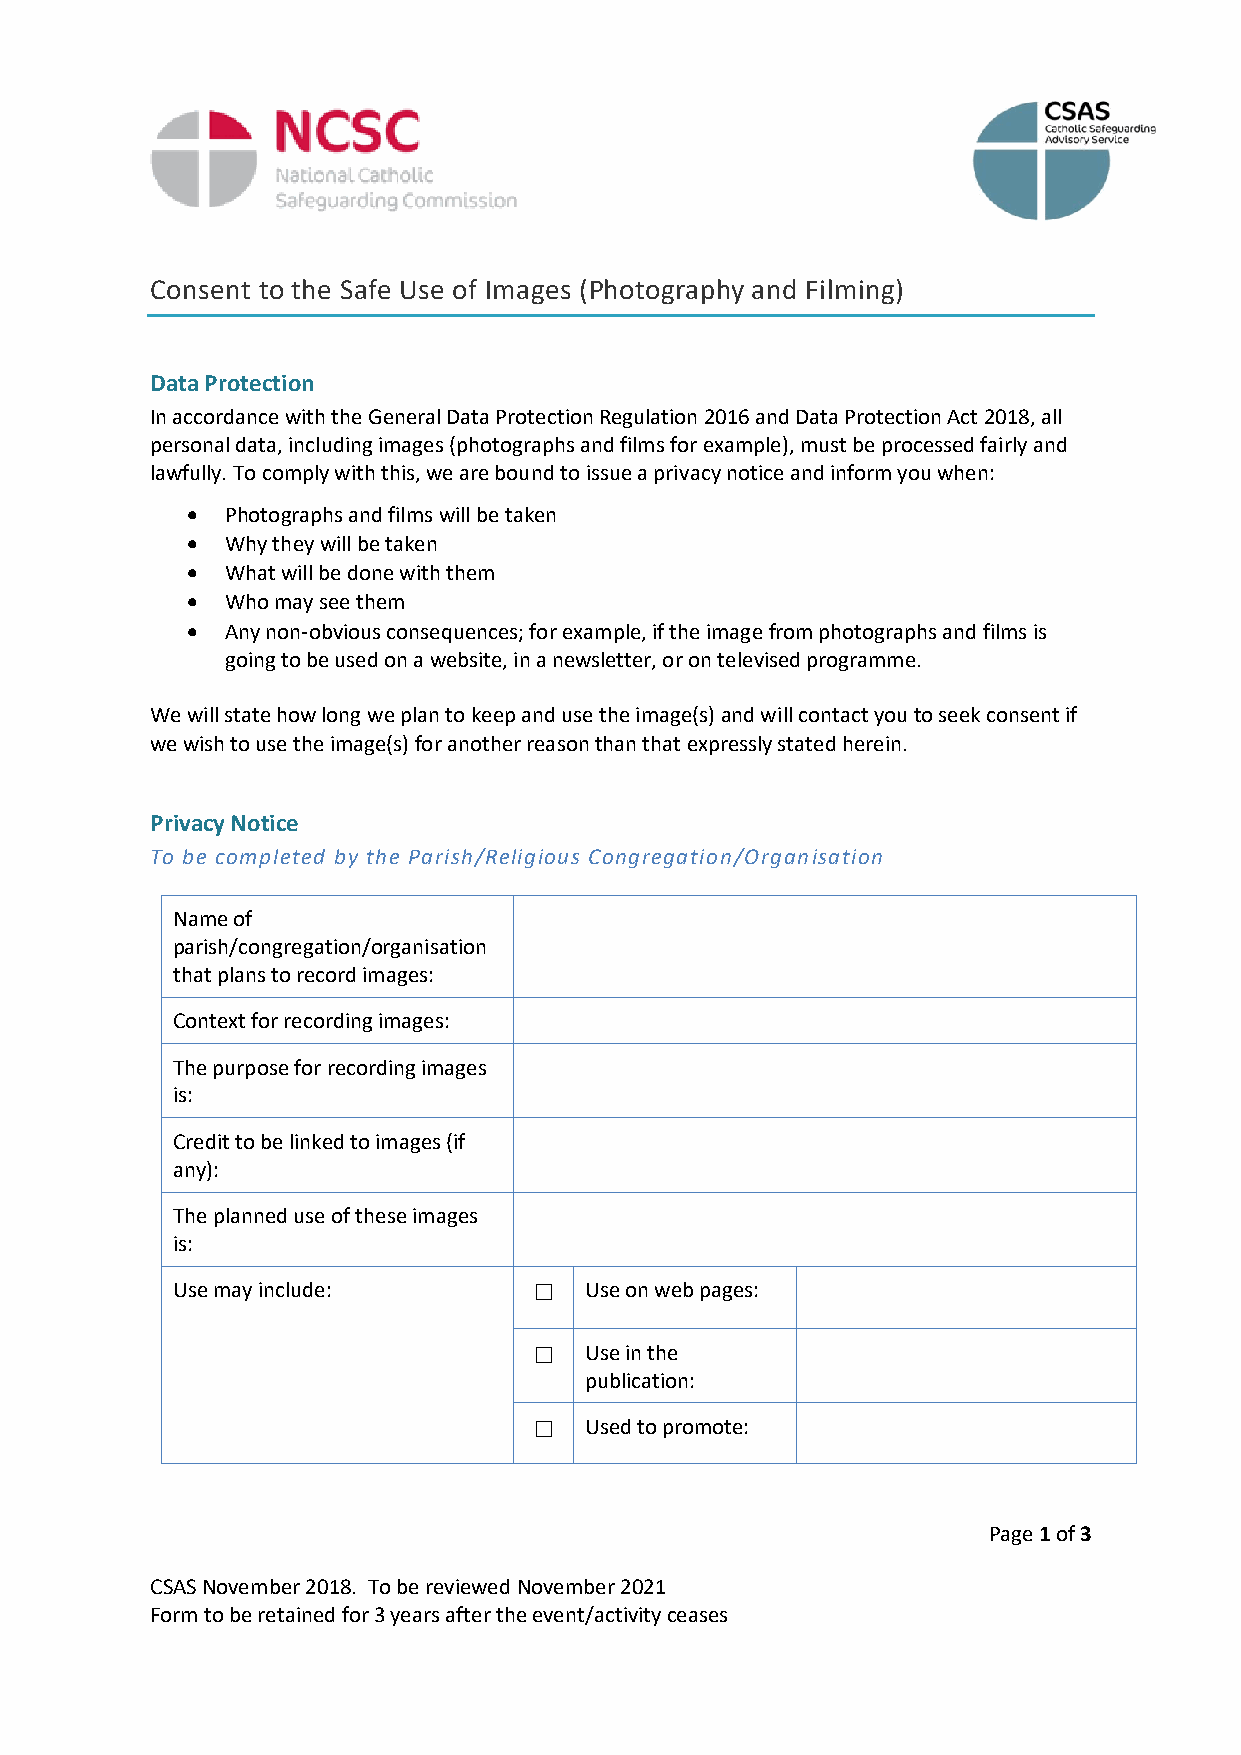
Consent to the Safe Use of Images (Photography and Filming)
 Data Protection
 In accordance with the General Data Protection Regulation 2016 and Data Protection Act 2018, all
 personal data, including images (photographs and films for example), must be processed fairly and
 lawfully. To comply with this, we are bound to issue a privacy notice and inform you when:
 •  Photographs and films will be taken
 •  Why they will be taken
 •  What will be done with them
 •  Who may see them
 •  Any non-obvious consequences; for example, if the image from photographs and films is
 going to be used on a website, in a newsletter, or on televised programme.
 We will state how long we plan to keep and use the image(s) and will contact you to seek consent if
 we wish to use the image(s) for another reason than that expressly stated herein.
 Privacy Notice
 To be completed by the Parish/Religious Congregation/Organisation
 Name of
 parish/congregation/organisation
 that plans to record images:
 Context for recording images:
 The purpose for recording images
 is:
 Credit to be linked to images (if
 any):
 The planned use of these images
 is:
 Use may include:        ☐   Use on web pages:
 ☐   Use in the
 publication:
 ☐   Used to promote:
 Page 1 of 3
 CSAS November 2018. To be reviewed November 2021
 Form to be retained for 3 years after the event/activity ceases